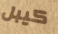
كيبل